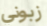
زبوني